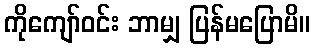
ကိုကျော်ဝင်း ဘာမျှ ပြန်မပြောမိ။